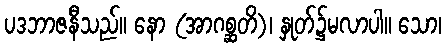
ပဒဘာဇနီသည်။ နော (အာဂစ္ဆတိ)၊ နှုတ်၌မလာပါ။ သော၊